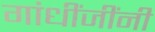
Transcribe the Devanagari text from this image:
गांधींजींनी